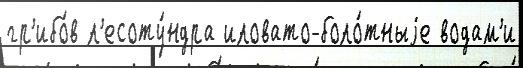
гр'ибо́в л'есоту́ндра иловато-боло́тныjе водам'и